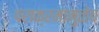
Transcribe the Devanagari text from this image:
पराक्रमामुळेच